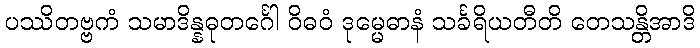
ပဿိတဗ္ဗကံ သမာဒိန္နဓုတင်္ဂေါ ဝိဓဝံ ဒုမ္မေဓာနံ သင်္ခရိယတီတိ တေသန္တိအာဒိ